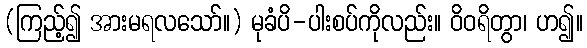
(ကြည့်၍ အားမရလသော်။) မုခံပိ-ပါးစပ်ကိုလည်း။ ဝိဝရိတွာ၊ ဟ၍။